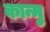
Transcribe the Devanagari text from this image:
कान्मु